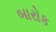
બારોક